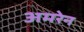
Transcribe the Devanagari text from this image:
अमरेन